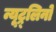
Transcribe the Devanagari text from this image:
न्यूट्र्लिनो